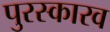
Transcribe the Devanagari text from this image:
पुरस्कारव